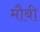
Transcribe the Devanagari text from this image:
मौबी